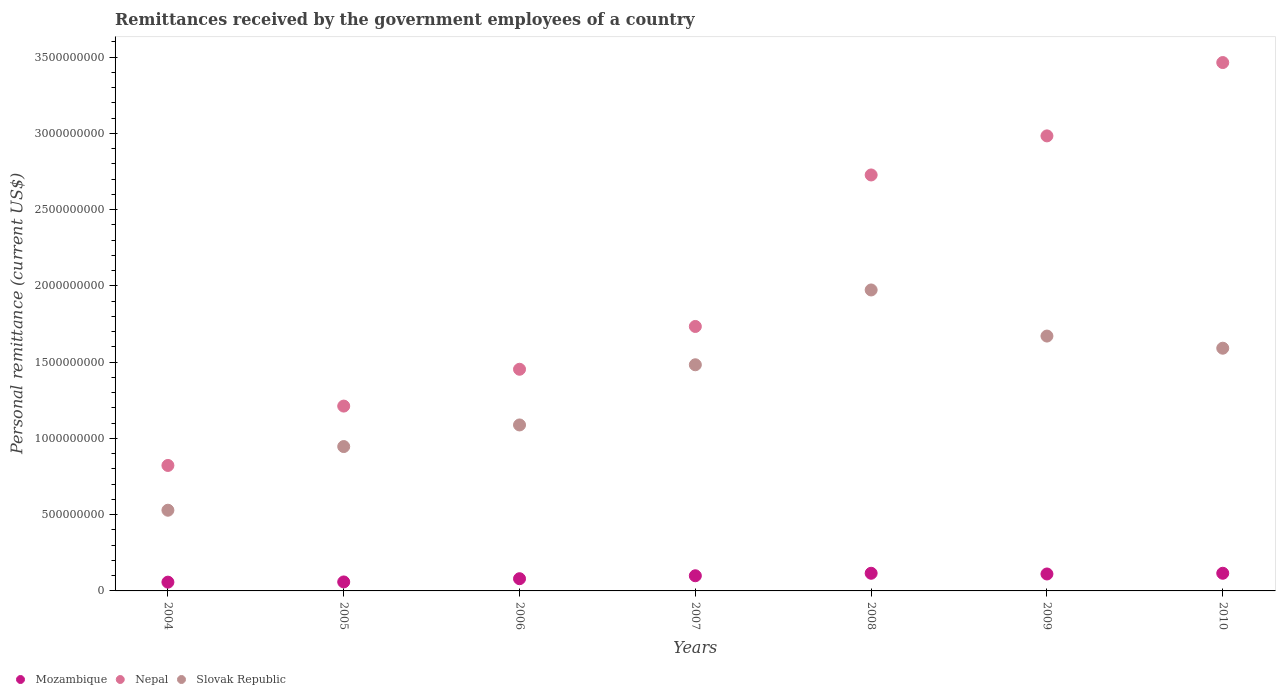
| Years | Mozambique | Nepal | Slovak Republic |
 | --- | --- | --- | --- |
 | 2004 | 5.75e+07 | 8.23e+08 | 5.29e+08 |
 | 2005 | 5.89e+07 | 1.21e+09 | 9.46e+08 |
 | 2006 | 8e+07 | 1.45e+09 | 1.09e+09 |
 | 2007 | 9.94e+07 | 1.73e+09 | 1.48e+09 |
 | 2008 | 1.16e+08 | 2.73e+09 | 1.97e+09 |
 | 2009 | 1.11e+08 | 2.98e+09 | 1.67e+09 |
 | 2010 | 1.16e+08 | 3.46e+09 | 1.59e+09 |